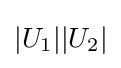
|U_{1}||U_{2}|